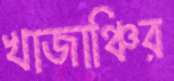
খাজাঞ্চির